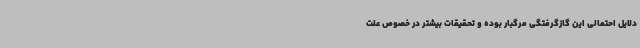
دلایل احتمالی این گازگرفتگی مرگبار بوده و تحقیقات بیشتر در خصوص علت